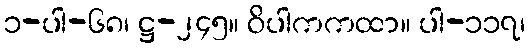
၁-ပါ-၆၈၊ ဋ္ဌ-၂၄၅။ ဝိပါကကထာ။ ပါ-၁၁၇၊